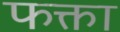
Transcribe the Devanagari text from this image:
फक्ता